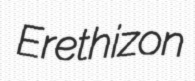
Erethizon